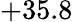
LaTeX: +35.8